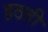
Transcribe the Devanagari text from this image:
हठती